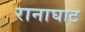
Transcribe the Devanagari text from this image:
रानाघाट